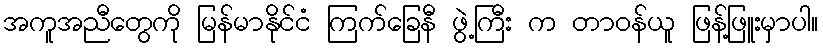
အကူအညီတွေကို မြန်မာနိုင်ငံ ကြက်ခြေနီ ဖွဲ့ကြီး က တာဝန်ယူ ဖြန့်ဖြူးမှာပါ။